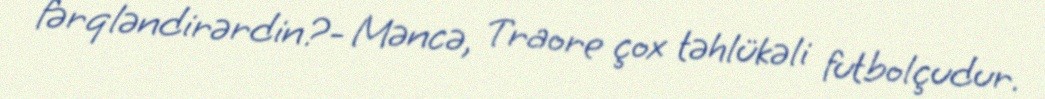
fərqləndirərdin?- Məncə, Traore çox təhlükəli futbolçudur.